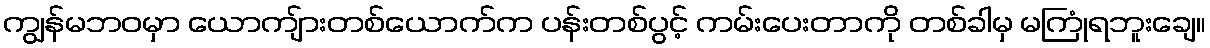
ကျွန်မဘဝမှာ ယောကျ်ားတစ်ယောက်က ပန်းတစ်ပွင့် ကမ်းပေးတာကို တစ်ခါမှ မကြုံရဘူးချေ။